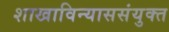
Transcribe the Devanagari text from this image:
शाखाविन्याससंयुक्त